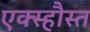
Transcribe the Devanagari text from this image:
एक्स्हौस्त